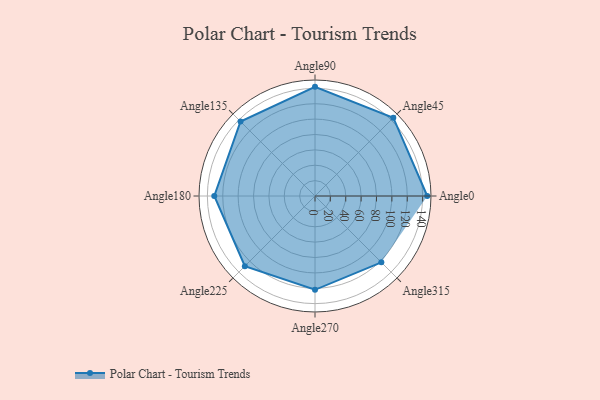
{"axis": {"x": "Angle", "y": "Radius"}, "legend": [""], "data": [{"x": "Angle0", "y": 146.0, "type": ""}, {"x": "Angle45", "y": 144.0, "type": ""}, {"x": "Angle90", "y": 142.0, "type": ""}, {"x": "Angle135", "y": 137.0, "type": ""}, {"x": "Angle180", "y": 131.0, "type": ""}, {"x": "Angle225", "y": 129.0, "type": ""}, {"x": "Angle270", "y": 122.0, "type": ""}, {"x": "Angle315", "y": 122.0, "type": ""}]}